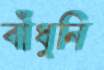
বাঁধুনি